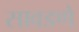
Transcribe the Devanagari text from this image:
सावडणे